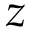
z